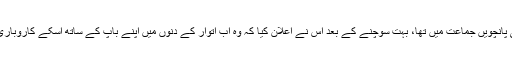
ایک صبح، جب ٹینگو ابھی پانچویں جماعت میں تھا، بہت سوچنے کے بعد اس نے اعلان کیا کہ وہ اب اتوار کے دنوں میں اپنے باپ کے ساتھ اسکے کاروباری دورے پر نہیں جائے گا۔